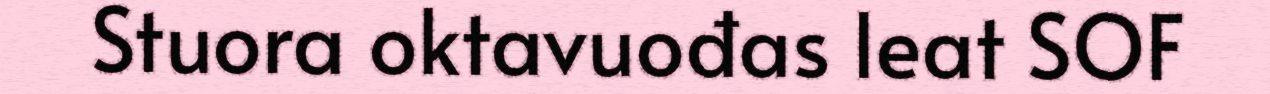
Stuora oktavuođas leat SOF